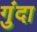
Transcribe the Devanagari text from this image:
गुंदा